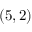
{ ( 5 , 2 ) }